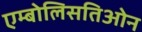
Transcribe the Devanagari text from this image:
एम्बोलिसतिओन